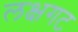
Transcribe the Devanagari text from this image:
लक्षगट